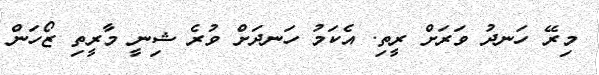
މިރޭ ހަނދު ވަރަށް ރީތި. އެކަމު ހަނދަށް ވުރެ ޝިނީ މާރީތި ޒޯހަން